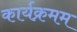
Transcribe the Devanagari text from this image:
कार्यक्रमम